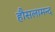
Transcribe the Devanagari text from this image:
हौसलामन्द